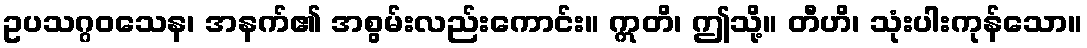
ဥပသဂ္ဂဝသေန၊ အနက်၏ အစွမ်းလည်းကောင်း။ ဣတိ၊ ဤသို့။ တီဟိ၊ သုံးပါးကုန်သော။